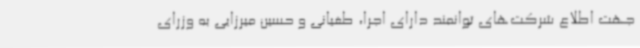
جهت اطلاع شرکت‌های توانمند دارای اجرا، طغیانی و حسین میرزایی به وزرای